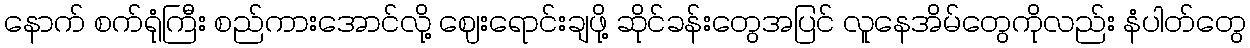
နောက် စက်ရုံကြီး စည်ကားအောင်လို့ ဈေးရောင်းချဖို့ ဆိုင်ခန်းတွေအပြင် လူနေအိမ်တွေကိုလည်း နံပါတ်တွေ